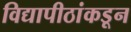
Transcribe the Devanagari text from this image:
विद्यापीठांकडून